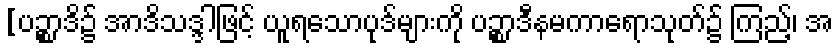
[ပဉ္စာဒိ၌ အာဒိသဒ္ဒါဖြင့် ယူရသောပုဒ်များကို ပဉ္စာဒီနမကာရောသုတ်၌ ကြည့်၊ အ